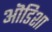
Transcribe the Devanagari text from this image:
ऒडिशा